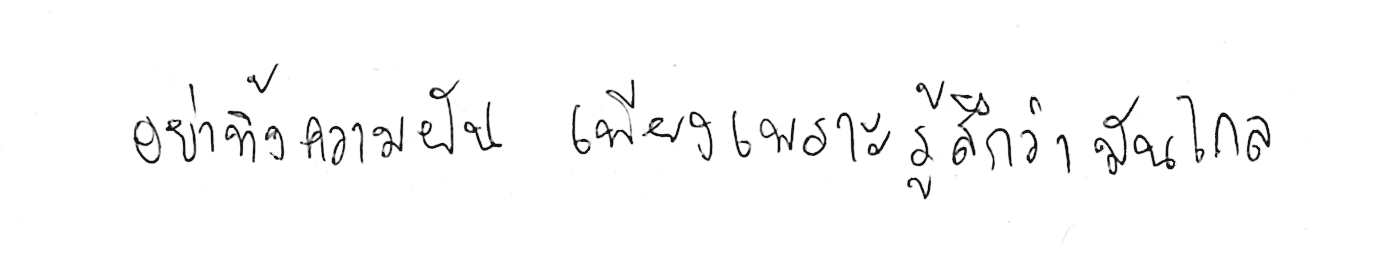
อย่าทิ้งความฝัน เพียงเพราะรู้สึกว่ามันไกล